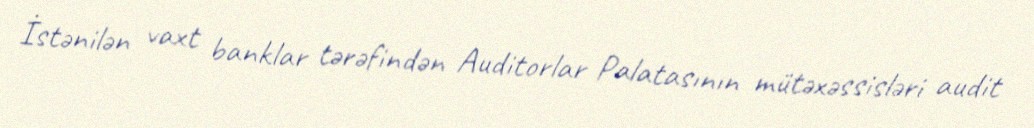
İstənilən vaxt banklar tərəfindən Auditorlar Palatasının mütəxəssisləri audit